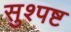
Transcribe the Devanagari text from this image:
सुश्पष्ट